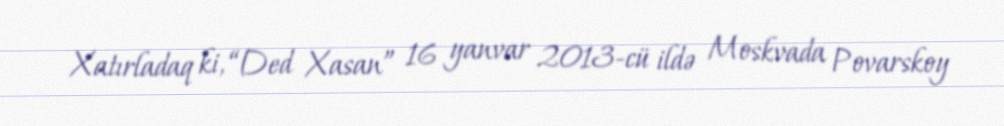
Xatırladaq ki, “Ded Xasan” 16 yanvar 2013-cü ildə Moskvada Povarskoy